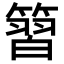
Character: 𥱵